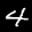
Label: 4